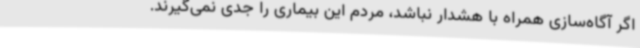
اگر آگاه‌سازی همراه با هشدار نباشد، مردم این بیماری را جدی نمی‌گیرند.